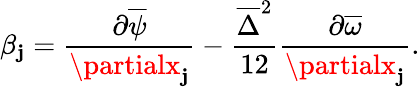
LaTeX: \beta_{\mathbf{j}}=\frac{{\partial\overline{{{\psi}}}}}{{\partialx_{\mathbf{j}}}}-\frac{{\overline{{{\Delta}}}^{2}}}{{12}}\frac{{\partial\overline{{{\omega}}}}}{{\partialx_{\mathbf{j}}}}.